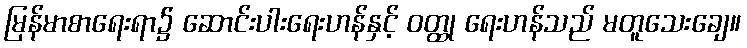
မြန်မာစာရေးရာ၌ ဆောင်းပါးရေးဟန်နှင့် ဝတ္ထု ရေးဟန်သည် မတူသေးချေ။